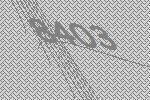
8403